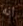
انه